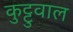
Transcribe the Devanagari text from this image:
कुट्टुवाल